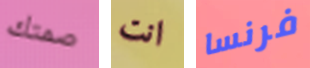
صمتك انت فرنسا